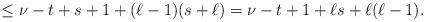
LaTeX: \begin{align*}\le \nu-t+s+1 + (\ell-1)(s+\ell) = \nu - t + 1 + \ell s + \ell(\ell - 1). \end{align*}